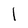
Character: I